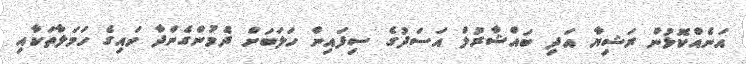
އަނެއްކޮޅުން ރަޝިޔާ އަދި ބައްޝާރުލް އަސަދުގެ ސިފައިން ހަލަބަށް ދެމުންގެންދާ ވައިގެ ހަމަލާތަކާއި